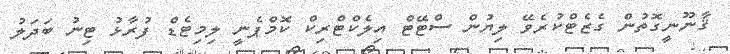
ޤާނޫނީގޮތުން ގެޒެޓްކުރެވޭ ލިޔުން ސްޓޭޓް އިލެކްޓްރިކް ކޮމްޕެނީ ލިމިޓެޑް ފުރާޅު ޓިނު ބަދަލު